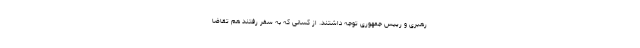
رهبری و رییس جمهوری توجه داشتند. از کسانی که به سفر رفتند هم تقاضا